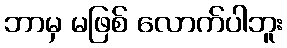
ဘာမှ မဖြစ် လောက်ပါဘူး